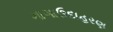
ગાગાઉદાહરણ